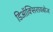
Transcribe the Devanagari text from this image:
डिऑक्सिरायबोज